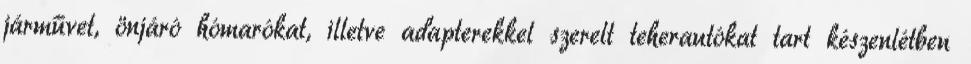
járművet, önjáró hómarókat, illetve adapterekkel szerelt teherautókat tart készenlétben